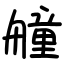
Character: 艟